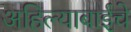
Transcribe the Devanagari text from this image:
अहिल्याबाईचे